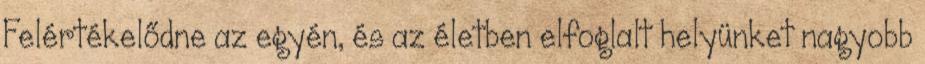
Felértékelődne az egyén, és az életben elfoglalt helyünket nagyobb